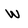
Character: w